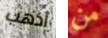
أذهب من